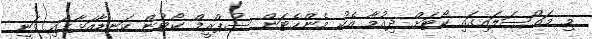
މި މައްސަލައިގައި ކޯޓަށް ދިއުމާ އެކު މެންހެޓަން ސުޕްރީމް ކޯޓުން ކަނޑާއަޅާފައި ވަނީ